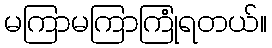
မကြာမကြာကြုံရတယ်။